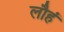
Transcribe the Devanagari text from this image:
लौहं